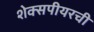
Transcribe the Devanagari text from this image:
शेक्सपीयरची